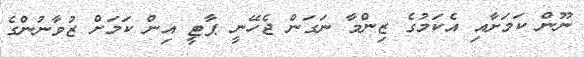
ނޫން ކަމަށާއި އެކަމުގެ ޒިންމާ ނަގަން ޖެހޭނީ ޕާޓީ އިން ކަމަށް ޒުވާނުންގެ